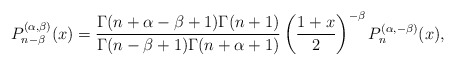
\begin{align*}P^{(\alpha,\beta)}_{n-\beta}(x) =\frac{\Gamma(n+\alpha-\beta+1)\Gamma(n+1)}{\Gamma(n-\beta+1)\Gamma(n+\alpha+1)} \left( \frac{1+x}{2} \right)^{-\beta}P^{(\alpha,-\beta)}_n(x),\end{align*}